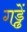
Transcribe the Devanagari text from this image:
गड्ढें